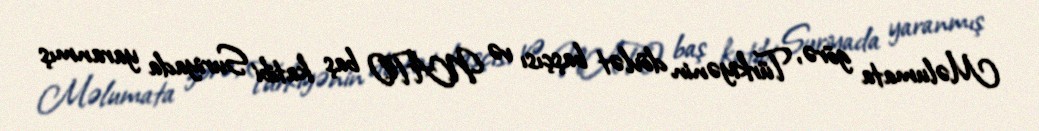
Məlumata görə, Türkiyənin dövlət başçısı və NATO baş katibi Suriyada yaranmış